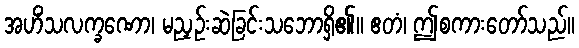
အဟိံသလက္ခဏော၊ မညှဉ်းဆဲခြင်းသဘောရှိ၏။ ဧတံ၊ ဤစကားတော်သည်။